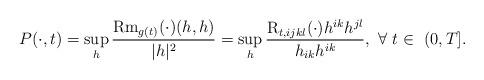
LaTeX: \begin{align*} P(\cdot, t)= \sup_h\frac{{\rm Rm}_{g(t)}(\cdot)(h,h)}{|h|^2}=\sup_h\frac{{\rm R}_{t, ijkl}(\cdot)h^{ik}h^{jl}}{h_{ik}h^{ik}}, ~\forall ~t\in ~(0, T]. \end{align*}